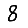
Digit: 8